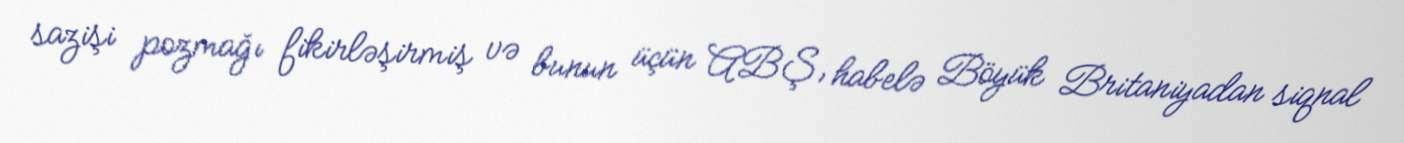
sazişi pozmağı fikirləşirmiş və bunun üçün ABŞ, habelə Böyük Britaniyadan siqnal